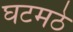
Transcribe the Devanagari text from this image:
घटमठे